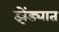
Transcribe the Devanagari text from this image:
झेंड्यात